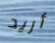
أريد